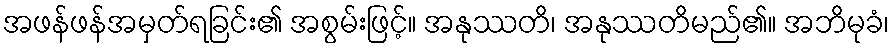
အဖန်ဖန်အမှတ်ရခြင်း၏ အစွမ်းဖြင့်။ အနုဿတိ၊ အနုဿတိမည်၏။ အဘိမုခံ၊